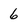
Character: 6